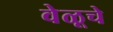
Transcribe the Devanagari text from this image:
वेळूचे